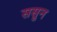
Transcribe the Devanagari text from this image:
ससुन